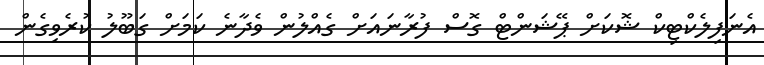
އެނަފިލެކްޓިކް ޝޮކަށް ޕޭޝަންޓް ގޮސް ފުރާނައަށް ގެއްލުން ވެދާނެ ކަމަށް ގަބޫލު ކުރެވިގެން